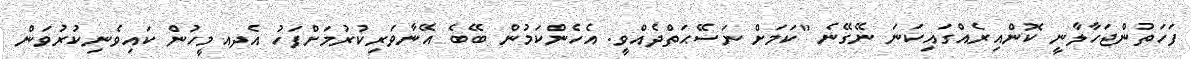
ފަހަތުންޖަހާލާނީ ކޮންއިރެއްގައިކަނަ ނޭގޭނެ "ކަމަށް ނަސޭޙަތްދެއްވީ. އެހެންކަމުން ބޭބެ އޭނާވަރިކުރުމަށްފަހު އެދއމީހުން ކައިވެނިކުރުވަން